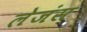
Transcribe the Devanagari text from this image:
लेजंस